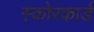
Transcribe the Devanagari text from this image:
स्‍कोरकार्ड